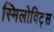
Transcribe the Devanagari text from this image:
स्मिलोविट्स